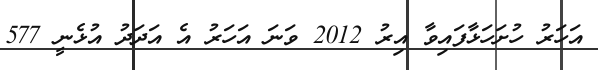
އަހަރު ހުށަހަޅާފައިވާ އިރު 2012 ވަނަ އަހަރު އެ އަދަދު އުޅެނީ 577